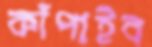
কাঁপাইব